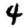
Digit: 4